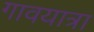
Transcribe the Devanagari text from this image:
गावयात्रा